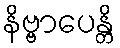
နိဗ္ဗာပေန္တိ